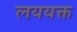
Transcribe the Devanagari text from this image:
लययक्त